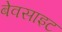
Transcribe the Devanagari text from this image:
बेवसाइट